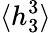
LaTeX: \langle h_{3}^{3}\rangle